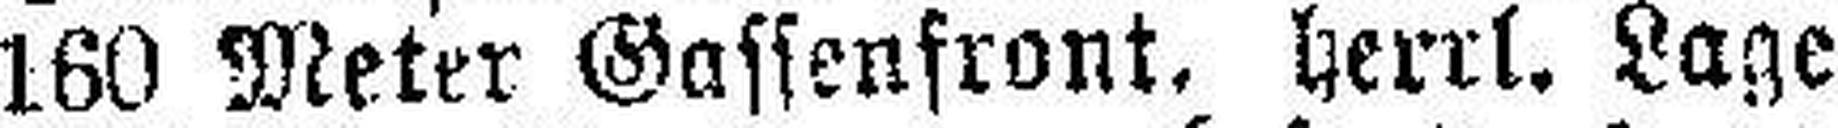
160 Meter Gassenfront. herrl. Lage